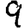
Digit: 9